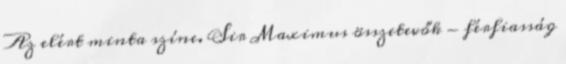
Az elért minta színe. Sir Maximus összetevők - férfiasság